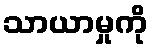
သာယာမှုကို